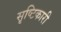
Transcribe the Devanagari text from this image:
सृष्टिकारी